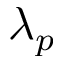
\lambda _ { p }